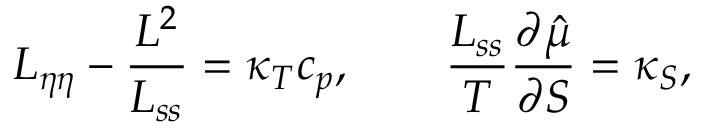
L _ { \eta \eta } - \frac { L ^ { 2 } } { L _ { s s } } = \kappa _ { T } c _ { p } , \qquad \frac { L _ { s s } } { T } \frac { \partial \hat { \mu } } { \partial S } = \kappa _ { S } ,